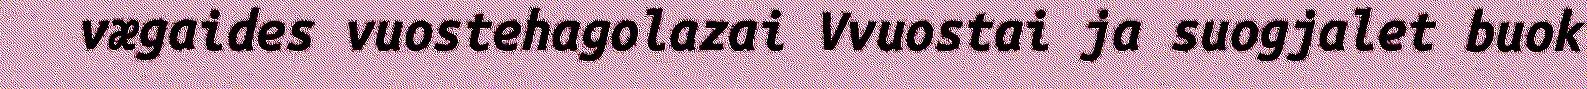
vægaides vuostehagolazai Vvuostai ja suogjalet buok